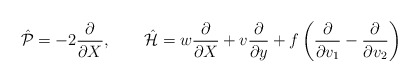
\begin{align*}\hat {\cal P}=-2\frac{\partial}{\partial X},\qquad\hat {\cal H}=w\frac{\partial}{\partial X}+v\frac{\partial}{\partial y}+f\left(\frac{\partial}{\partial v_1}-\frac{\partial}{\partial v_2}\right)\end{align*}